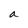
Character: a